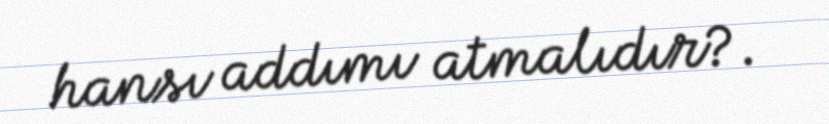
hansı addımı atmalıdır?.